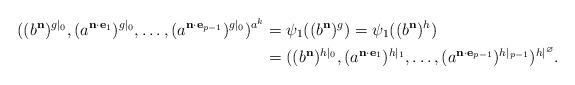
\begin{align*}((b^{\mathbf{n}})^{g|_0}, (a^{\mathbf n \cdot \mathbf{e}_{{1}}})^{g|_0}, \dots, (a^{\mathbf n \cdot \mathbf{e}_{{p-1}}})^{g|_0})^{a^k} &= \psi_1((b^{\mathbf{n}})^g) = \psi_1((b^{\mathbf{n}})^h)\\&= ((b^{\mathbf n})^{h|_0}, (a^{\mathbf n \cdot \mathbf{e}_{{1}}})^{h|_1}, \dots, (a^{\mathbf n \cdot \mathbf{e}_{{p-1}}})^{h|_{p-1}})^{h|^\varnothing}.\end{align*}